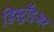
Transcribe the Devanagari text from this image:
डिस्ट्रॉइअर